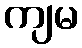
ကျမ